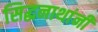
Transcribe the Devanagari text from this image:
सिद्धनाथांनी